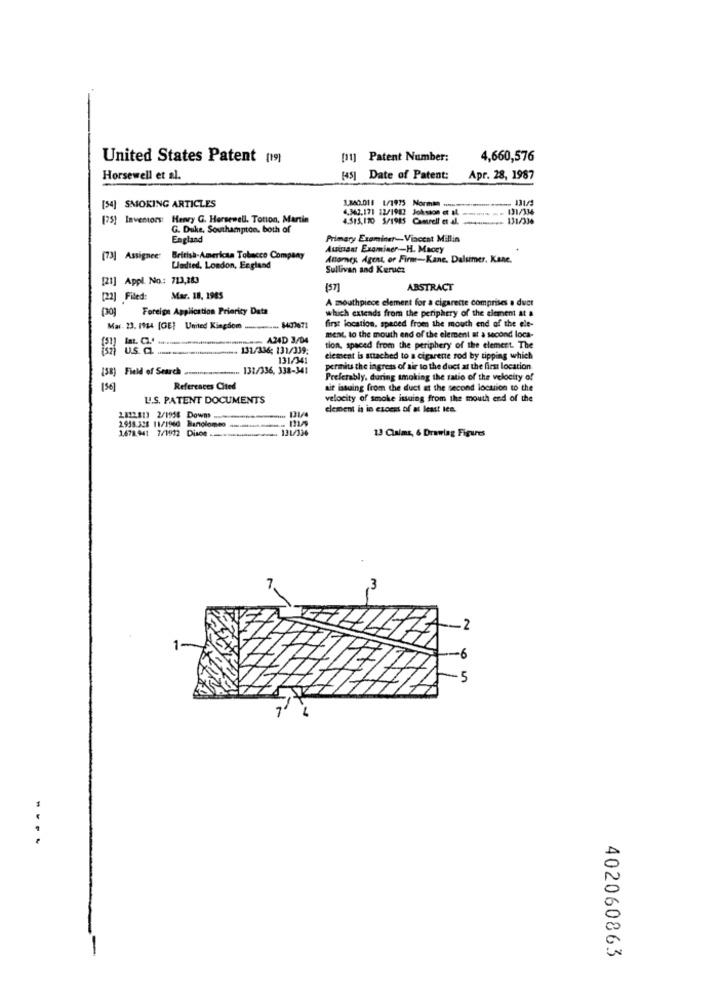
United States Patent (19)
[11] Patent Number:
4,660,576
Horsewell et al.
[45] Date of Patent:
Apr. 28, 1987
[34]
SMOKING ARTICLES
1.840.011 1/1975 Morman som
4,362,171 12/1982 Joksion et al.
- 131/334
123)
Inventors: Henry G. Hersewell. Totion, Martin
4.515,110 5/1985 Camrell et al.
131/336
G. Duke, Southampton, both of
England
Primary Examiner-Viaceat Millin
Auinaat Examiner -- H. Maocy
[73] Assignee:
British-American Tobacco Company
Attorney Agent, of Firm-Kane, Dalsimer, Kane.
Limdied, London, England
Sullivan and Kerucz
[21] Appl. No .: 713,283
(57]
ABSTRACT
[22] Filed:
Mar. 18, 1985
A mouthpiece clement for a cigarette comprises a duct
Foreign Application Priority Data
which extends from the periphery of the element at a
first location, speced from the mouth end of the ele-
Mar. 23. 1944 [GE] United Kingdom ...
ment, to the mouth end of the element at a second loca-
A24D 3/04
U.S. Q. ...
131/336; 131/339;
tion, spaced from the periphery of the element. The
131/341
element is attached to a cigarene rod by tipping which
(58) Field of Search .................... 132/336, 338-341
permits the ingress of air to the doct at the first location
Preferably, during smoking the ratio of the velocity of
References Cited
air issuing from the duct at the second location to the
LL.S. PATENT DOCUMENTS
velocity of smoke issuing from the mouth end of the
131/4
element is in excess of at least les.
2822.813 2/1958 Downs
2.938.328 11/1940 Banolomeo
1671.941 7/1912 Disco ..... ................. 131/336
13 Claims, 6 Drawing Figures
-
402060863